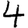
Digit: 4